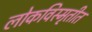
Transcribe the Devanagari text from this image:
लोकविस्मृतीत